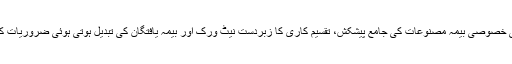
میڈوبروک باصلاحیت ملازمین، اعلیٰ معیار کی خصوصی بیمہ مصنوعات کی جامع پیشکش، تقسیم کاری کا زبردست نیٹ ورک اور بیمہ یافتگان کی تبدیل ہوتی ہوئی ضروریات کو پورا کرنے سے مضبوط وابستگی رکھتا ہے۔